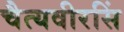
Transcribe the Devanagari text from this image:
चैत्यवीरसिं